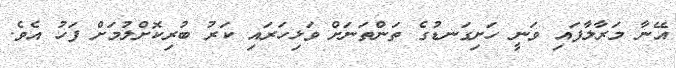
އޭނާ މަރާލާފައި ވަނީ ހަށިގަނޑުގެ ތަންތަނަށް ވަޅިހަރައި ކަރު ބުރިކޮށްލުމަށް ފަހު އެވެ.